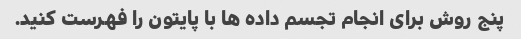
پنج روش برای انجام تجسم داده ها با پایتون را فهرست کنید.